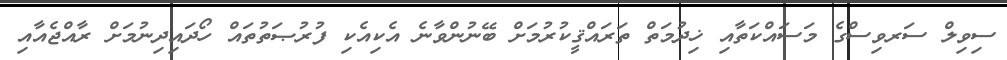
ސިވިލް ސަރވިސްގެ މަސައްކަތާއި ޚިދުމަތް ތަރައްޤީކުރުމަށް ބޭނުންވާނެ އެކިއެކި ފުރުޞަތުތައް ހޯދައިދިނުމަށް ރާއްޖެއާއި